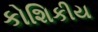
કોશિકીય